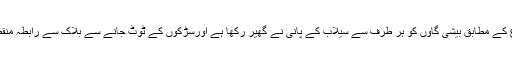
موصولہ اطلاع کے مطابق بیشی گاؤں کو ہر طرف سے سیلاب کے پانی نے گھیر رکھا ہے اورسڑکوں کے ٹوٹ جانے سے بلاک سے رابطہ منقطع ہو چکا ہے۔